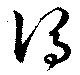
謂